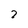
Character: 2